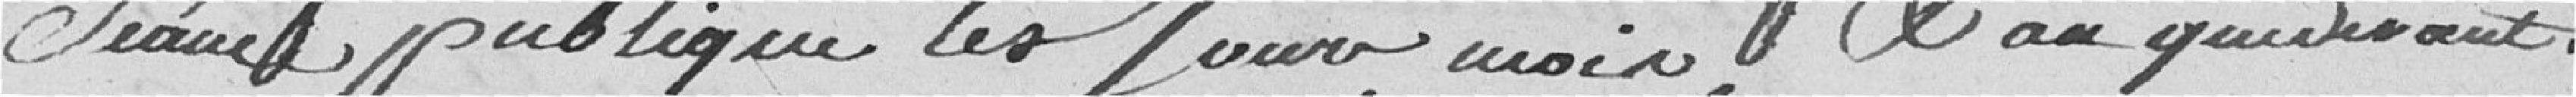
séance publique les jour, mois et an que devant.